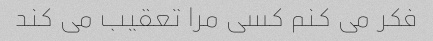
فکر می کنم کسی مرا تعقیب می کند